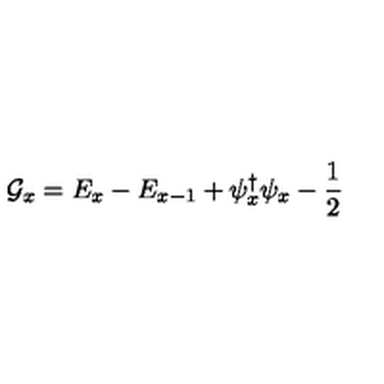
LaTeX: { \cal G } _ { x } = E _ { x } - E _ { x - 1 } + \psi _ { x } ^ { \dag } \psi _ { x } - \frac { 1 } { 2 }